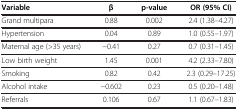
<table><thead><tr><td><b>Variable</b></td><td><b>β</b></td><td><b>p-value</b></td><td><b>OR (95% CI)</b></td></tr></thead><tbody><tr><td>Grand multipara</td><td>0.88</td><td>0.002</td><td>2.4 (1.38–4.27)</td></tr><tr><td>Hypertension</td><td>0.04</td><td>0.89</td><td>1.0 (0.55–1.97)</td></tr><tr><td>Maternal age (&gt;35 years)</td><td>-0.41</td><td>0.27</td><td>0.7 (0.31–1.45)</td></tr><tr><td>Low birth weight</td><td>1.45</td><td>0.001</td><td>4.2 (2.33–7.80)</td></tr><tr><td>Smoking</td><td>0.82</td><td>0.42</td><td>2.3 (0.29–17.25)</td></tr><tr><td>Alcohol intake</td><td>-0.602</td><td>0.23</td><td>0.5 (0.20–1.48)</td></tr><tr><td>Referrals</td><td>0.106</td><td>0.67</td><td>1.1 (0.67–1.83)</td></tr></tbody></table>